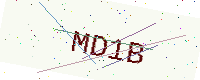
Text: MD1B